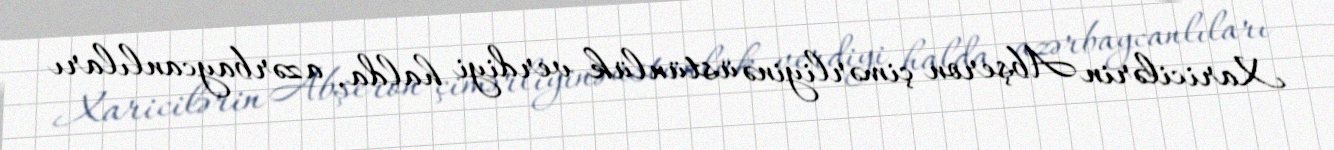
Xaricilərin Abşeron çimərliyinə üstünlük verdiyi halda, azərbaycanlıları